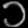
Digit: ၁